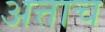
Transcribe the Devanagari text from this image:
अत्ताच